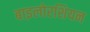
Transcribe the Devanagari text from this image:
बाइलोरशियन